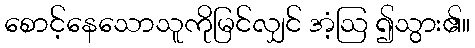
စောင့်နေသောသူကိုမြင်လျှင် အံ့ဩ ၍သွား၏။